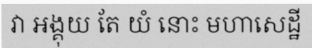
វា អង្គុយ តែ យំ នោះ មហាសេដ្ឋី